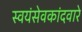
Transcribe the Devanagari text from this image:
स्वयंसेवकांदवारे